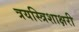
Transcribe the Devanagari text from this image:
त्रयस्त्रिशाक्षरी